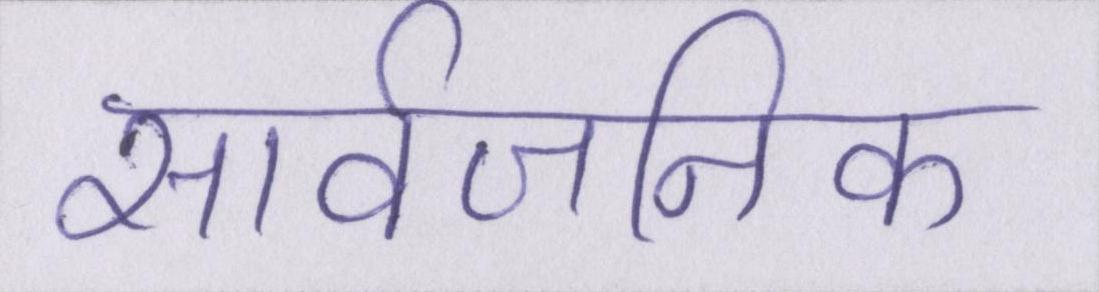
सार्वजनिक